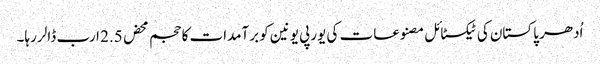
اُدھر پاکستان کی ٹیکسٹائل مصنوعات کی یورپی یونین کو برآمدات کا حجم محض 2.5 ارب ڈالر رہا۔